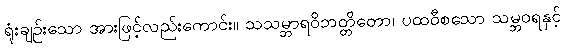
ရုံးချဉ်းသော အားဖြင့်လည်းကောင်း။ သသမ္ဘာရဝိဘတ္တိတော၊ ပထဝီစသော သမ္ဘဝရနှင့်